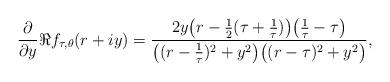
LaTeX: \begin{align*} \frac{\partial}{\partial y} \Re{f_{\tau, \theta}(r + iy)} &= \frac{2y \big(r - \frac{1}{2}(\tau + \frac{1}{\tau})\big) \big(\frac{1}{\tau} - \tau\big)}{\big((r - \frac{1}{\tau})^{2} + y^{2}\big) \big((r - \tau)^{2} + y^{2}\big)}, \end{align*}